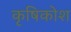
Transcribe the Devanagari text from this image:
कृषिकोश